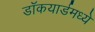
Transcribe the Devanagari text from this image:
डॉकयार्डमध्ये